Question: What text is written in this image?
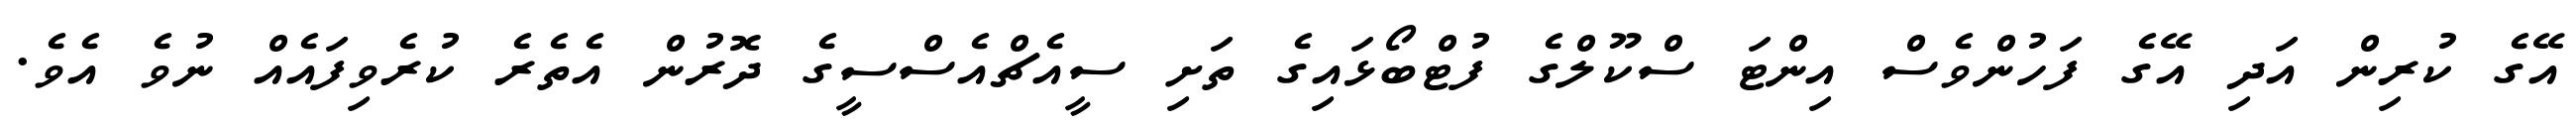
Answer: އޭގެ ކުރިން އަދި އޭގެ ފަހުންވެސް އިންޓަ ސްކޫލްގެ ފުޓްބޯޅައިގެ ތަށި ސީއެޗްއެސްސީގެ ދޮރުން އެތެރެ ކުރެވިފައެއް ނުވެ އެވެ.